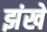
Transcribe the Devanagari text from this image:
झंखे